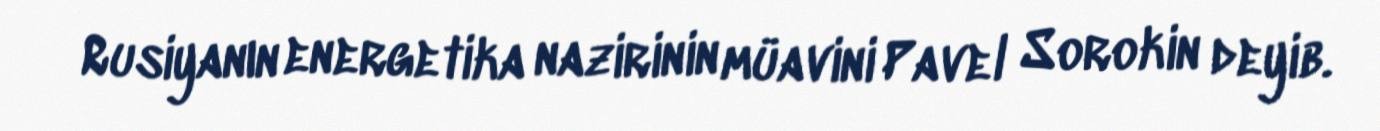
Rusiyanın energetika nazirinin müavini Pavel Sorokin deyib.